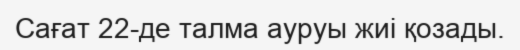
Сағат 22-де талма ауруы жиі қозады.